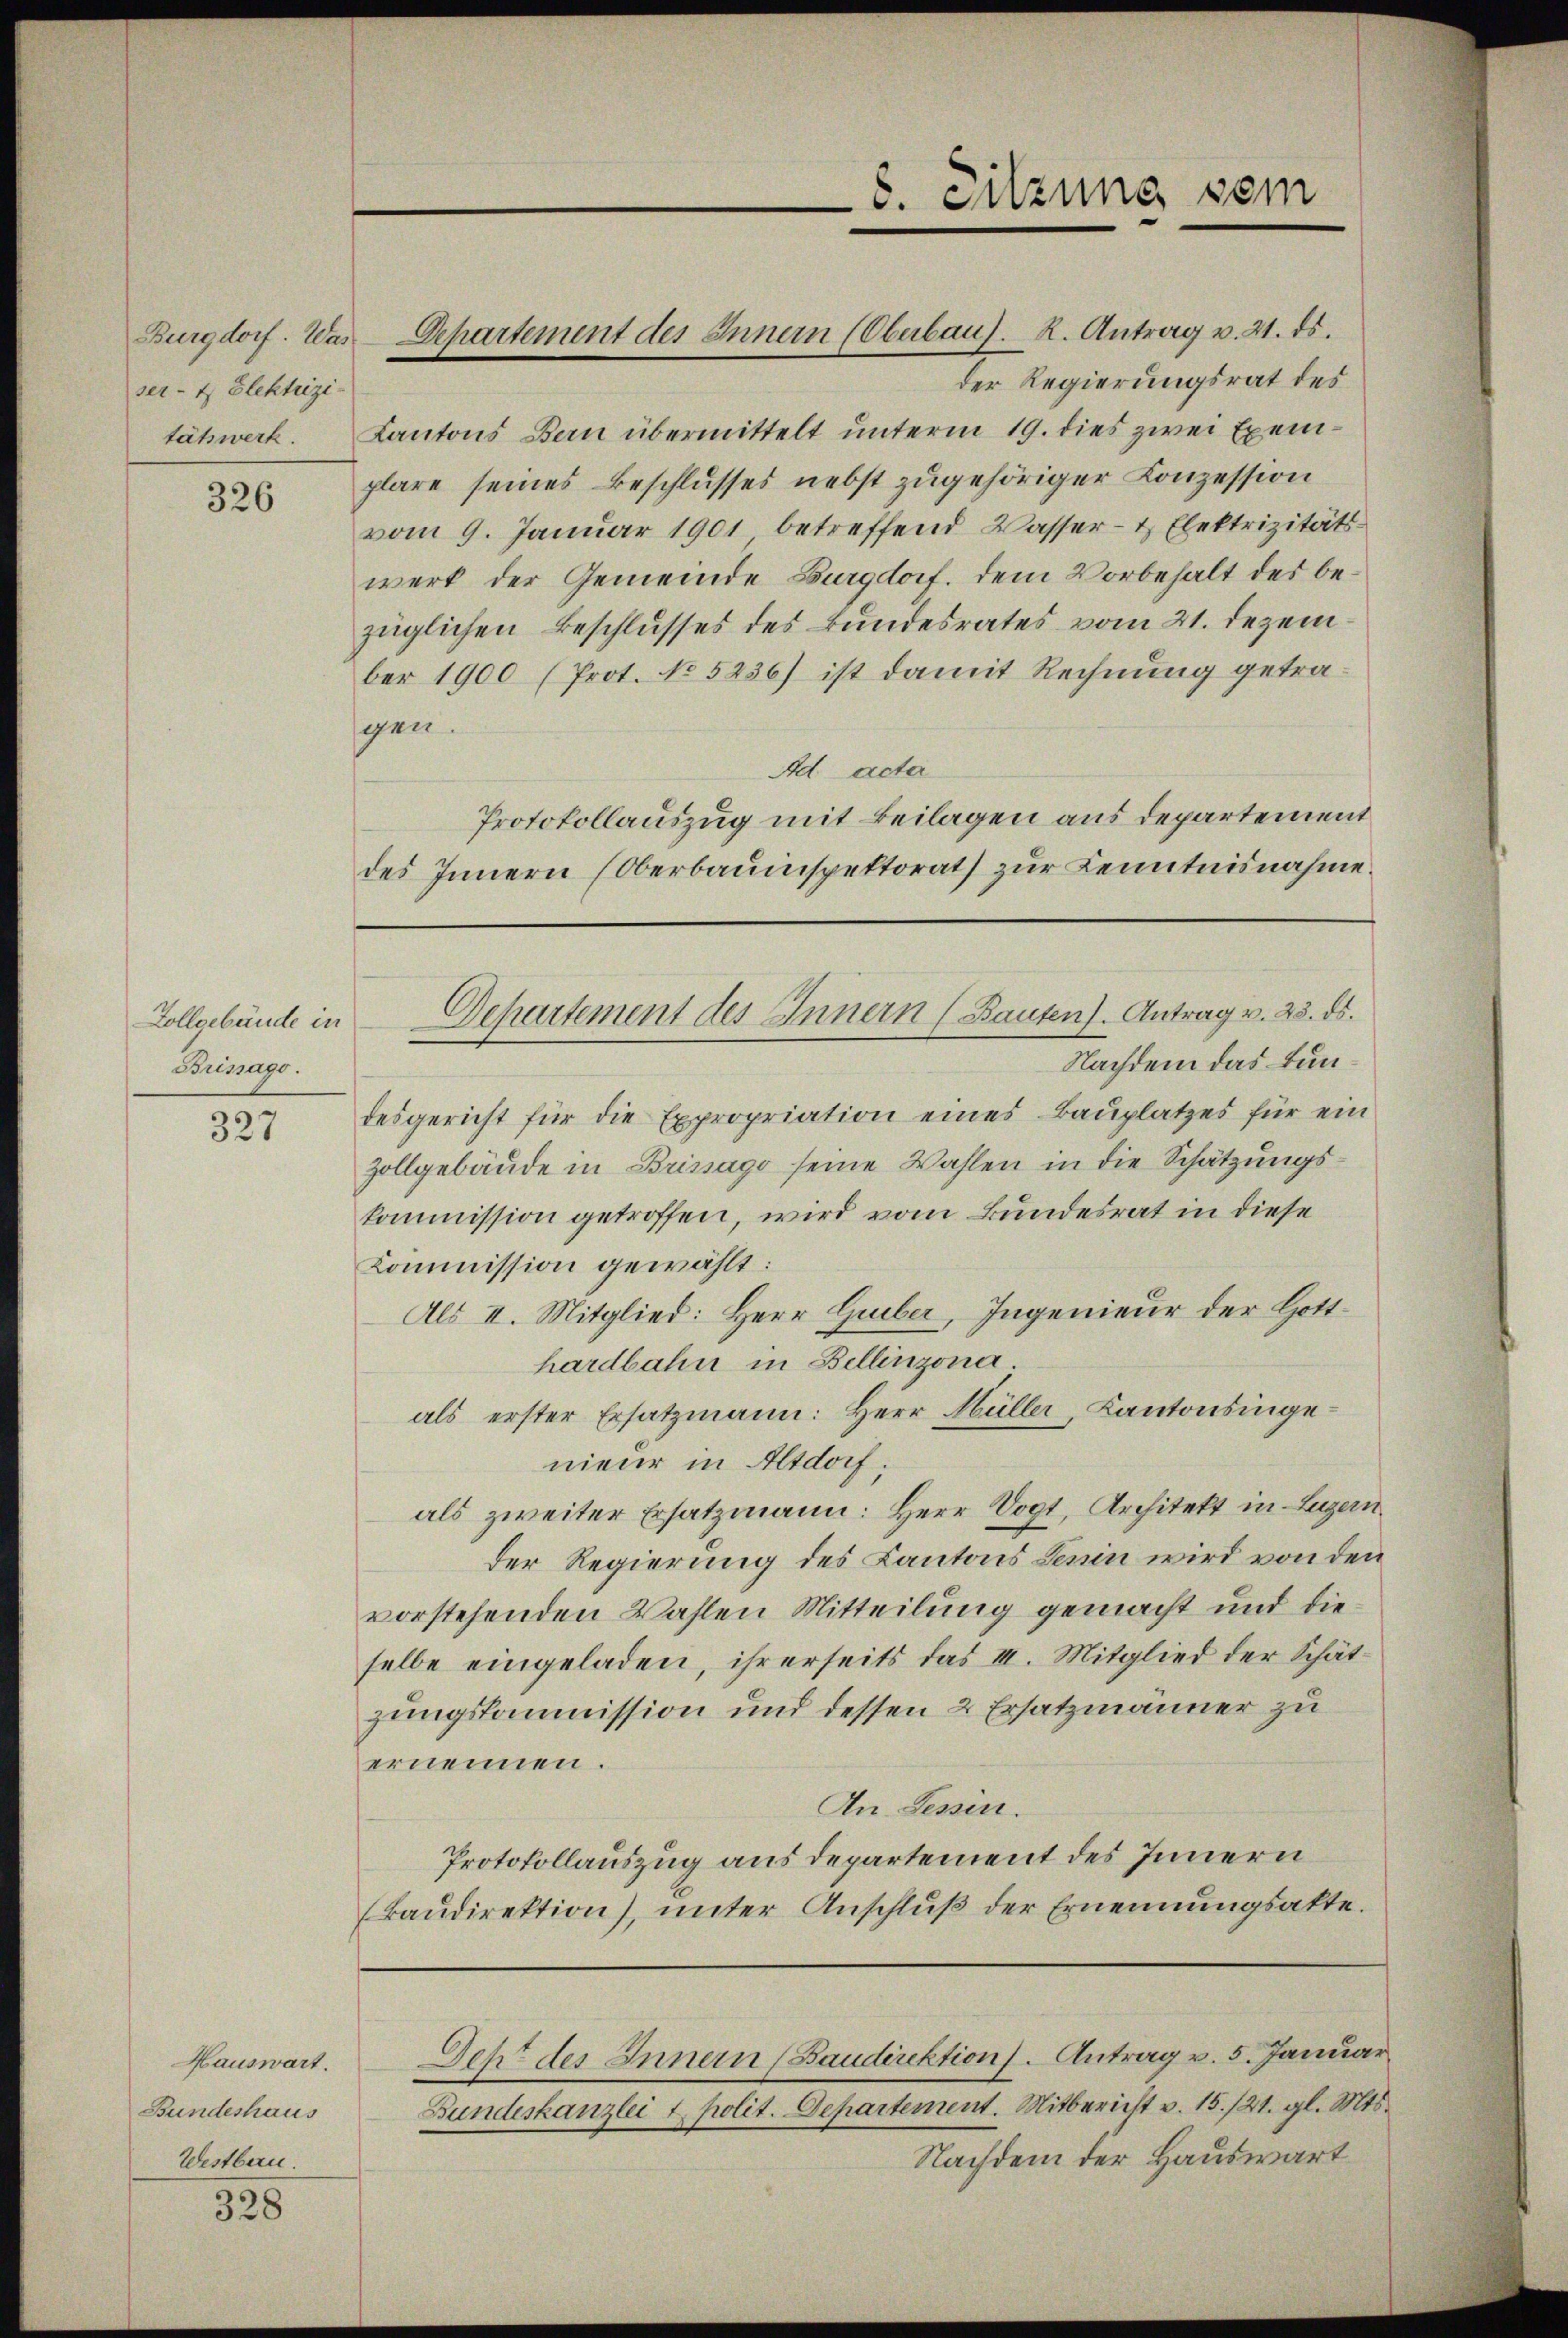
ser- & Elektrizi-
tätswerk.

326

Zollgebäude in
Brisago.

327

Hauswart.
Bundeshaus
Westbau.

328

der Regierungsrat des
Kantons Bau übermittelt unterm 19. dies zwei Exemplare seines Beschlusses nebst zugehöriger Konzession
vom 9. Januar 1901 betreffend Wasser- & Elektrizitäts-
werk der Gemeinde Burgdorf. dem Vorbehalt des bezüglichen Beschlusses des Bundesrates vom 21. Dezember 1900 (Prot. No 5236) ist damit Rechnung getragen.
Ad acta
Protokollauszug mit Beilagen aus departement
des Innern (Oberbaumspektorat zur Kenntnisnahme.

Burgdorf. Was Departement des Innern (Oberbau). R. Antrag v. 21. ds.

8. Sitzung sein

Nachdem das Bundesgericht für die Expropriation eines Bauplatzes für ein
Zollgebäude in Brissago seine Wahlen in die Schätzungskommission getroffen, wird vom Bundesrat in diese
Kommission gewählt:
Als II. Mitglied: Herr Guiber, Ingenieur der Hotthardbahn in Bellinzona
als erster Ersatzmann: Herr Müller, Kantonsingenieur in Altdorf;
als zweiter Ersatzmann: Herr Vogt, Architekt in Luzern
der Regierung des Kantons Lenin wird von den
vorstehenden Wahlen Mitteilung gemacht und dieselbe eingeladen, ihrerseits das III. Mitglied der Schätzungskommission und dessen 2 Ersatzmänner zu
ernennen.
An Tessin.
Protokollauszug aus departement des Innern
(Baŭdirektion), ŭnter Anschlŭβ der Ernennungsakte.

Departement des Innern (Bauten). Antrag v. 23. ds.

Deht des Innern (Baudirektion). Antrag v. 5. Januar

Bundeskanzlei u. polit. Departement. Mitbericht v. 15./21. gl. Mts.
Nachdem der Hauswärt